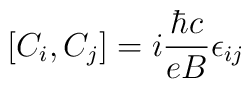
\left[C_i, C_j\right] = i\frac{\hbar c}{eB} \epsilon_{ij}